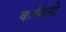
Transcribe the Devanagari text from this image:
काबिनी